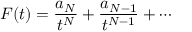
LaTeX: F ( t ) = { \frac { a _ { N } } { t ^ { N } } } + { \frac { a _ { N - 1 } } { t ^ { N - 1 } } } + \cdots